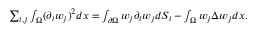
\begin{array} { r } { \sum _ { i , j } \int _ { \Omega } ( \partial _ { i } w _ { j } ) ^ { 2 } d x = \int _ { \partial \Omega } w _ { j } \partial _ { i } w _ { j } d S _ { i } - \int _ { \Omega } w _ { j } \Delta w _ { j } d x . } \end{array}